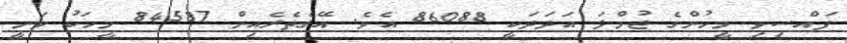
ފައްސިވި މީހުންގެ ޖުމްލަ އަދަދަކީ 86088 އެވެ. އޭގެތެރެއިން 84587 މީހަކު ވަނީ